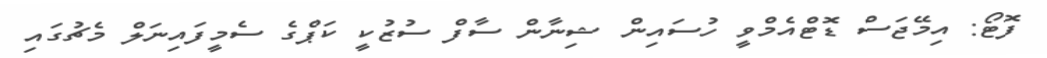
ފޮޓޯ: އިމޭޖަސް ޑޮޓްއެމްވީ ހުސައިން ޝިނާން ސާފް ސުޒުކީ ކަޕްގެ ސެމީފައިނަލް މެޗުގައި